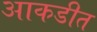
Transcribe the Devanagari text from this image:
आकडीत